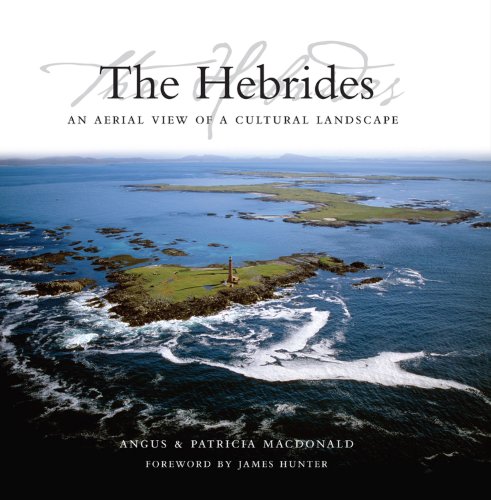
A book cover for The Hebrides: An Aerial View of a Cultural Landscape; Angus Macdonald; Arts & Photography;